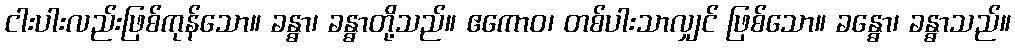
ငါးပါးလည်းဖြစ်ကုန်သော။ ခန္ဓာ၊ ခန္ဓာတို့သည်။ ဧကောဝ၊ တစ်ပါးသာလျှင် ဖြစ်သော။ ခန္ဓော၊ ခန္ဓာသည်။